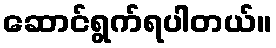
ဆောင်ရွက်ရပါတယ်။